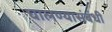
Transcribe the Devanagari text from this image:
घालण्यासंबंधी